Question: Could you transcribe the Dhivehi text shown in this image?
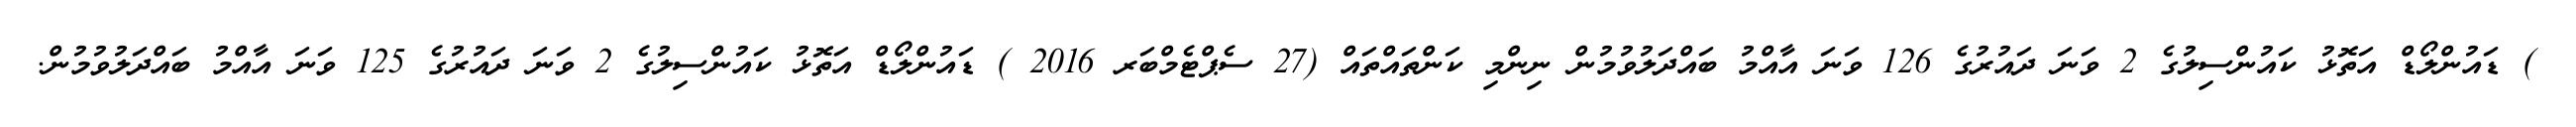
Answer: ) ޑައުންލޯޑް އަތޮޅު ކައުންސިލުގެ 2 ވަނަ ދައުރުގެ 126 ވަނަ އާއްމު ބައްދަލުވުމުން ނިންމި ކަންތައްތައް (27 ސެޕްޓެމްބަރ 2016 ) ޑައުންލޯޑް އަތޮޅު ކައުންސިލުގެ 2 ވަނަ ދައުރުގެ 125 ވަނަ އާއްމު ބައްދަލުވުމުން.